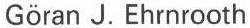
Göran J. Ehrnrooth